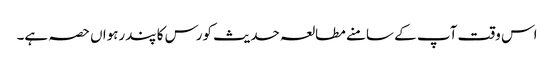
اس وقت آپ کے سامنے مطالعہ حدیث کورس کا پندرہواں حصہ ہے۔